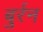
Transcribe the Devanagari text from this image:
बुर्रन